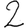
Digit: 2